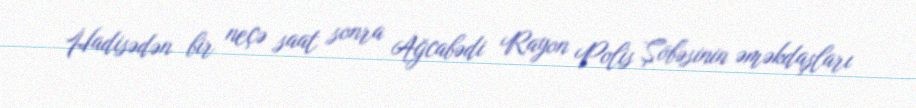
Hadisədən bir neçə saat sonra Ağcabədi Rayon Polis Şöbəsinin əməkdaşları